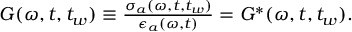
\begin{array} { r } { G ( \omega , t , t _ { w } ) \equiv \frac { \sigma _ { a } ( \omega , t , t _ { w } ) } { \epsilon _ { a } ( \omega , t ) } = { G } ^ { * } ( \omega , t , t _ { w } ) . } \end{array}